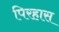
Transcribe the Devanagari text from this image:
पिरहास